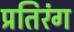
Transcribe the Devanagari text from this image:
प्रतिरंग